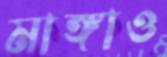
মাঙ্গাও